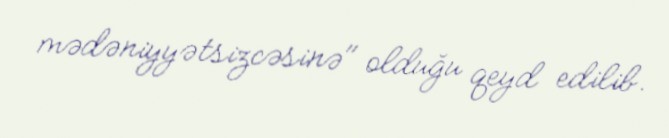
mədəniyyətsizcəsinə" olduğu qeyd edilib.